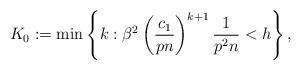
\begin{align*}K_0:= \min \left\{k: \beta^2 \left( \frac{c_1}{pn} \right)^{k+1} \frac{1}{p^2n}<h\right\},\end{align*}